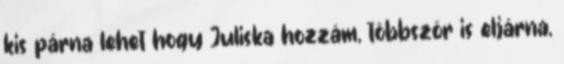
kis párna lehet hogy Juliska hozzám, többször is eljárna,